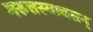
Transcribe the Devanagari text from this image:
मरुत्तस्यावसन्